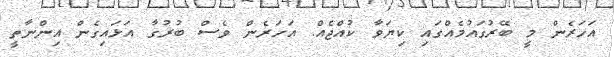
އަހަރެން މީ ބޭރުގައުމެއްގައި ކިޔަވާ ކުއްޖެއް. އަހަރެން ވެސް ބުރުގާ އަޅައިގެން އިންނާތީ